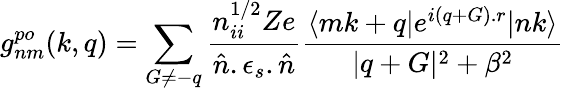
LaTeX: g_{nm}^{po}(k,q)=\sum_{G\neq-q}^{}{\frac{n_{ii}^{1/2}Ze}{\hat{n}.\epsilon_{s}.\hat{n}}}{\frac{\langle mk+q|e^{i(q+G).r}|nk\rangle}{|q+G|^{2}+\beta^{2}}}